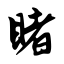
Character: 睹